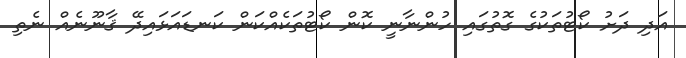
އަދި ދަށު ކޯޓުތަކުގެ ގޮތުގައި ހުންނާނީ ކޮން ކޯޓުތަކެއްކަން ކަނޑައަޅައިދޭ ޤާނޫނެއް ނެތި